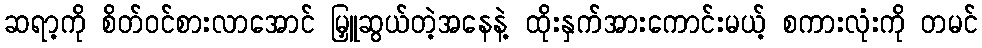
ဆရာ့ကို စိတ်ဝင်စားလာအောင် မြှူဆွယ်တဲ့အနေနဲ့ ထိုးနှက်အားကောင်းမယ့် စကားလုံးကို တမင်